65_HS1-834228961_62-HQ-83894_Section_1
Agency: FBI
Page 54
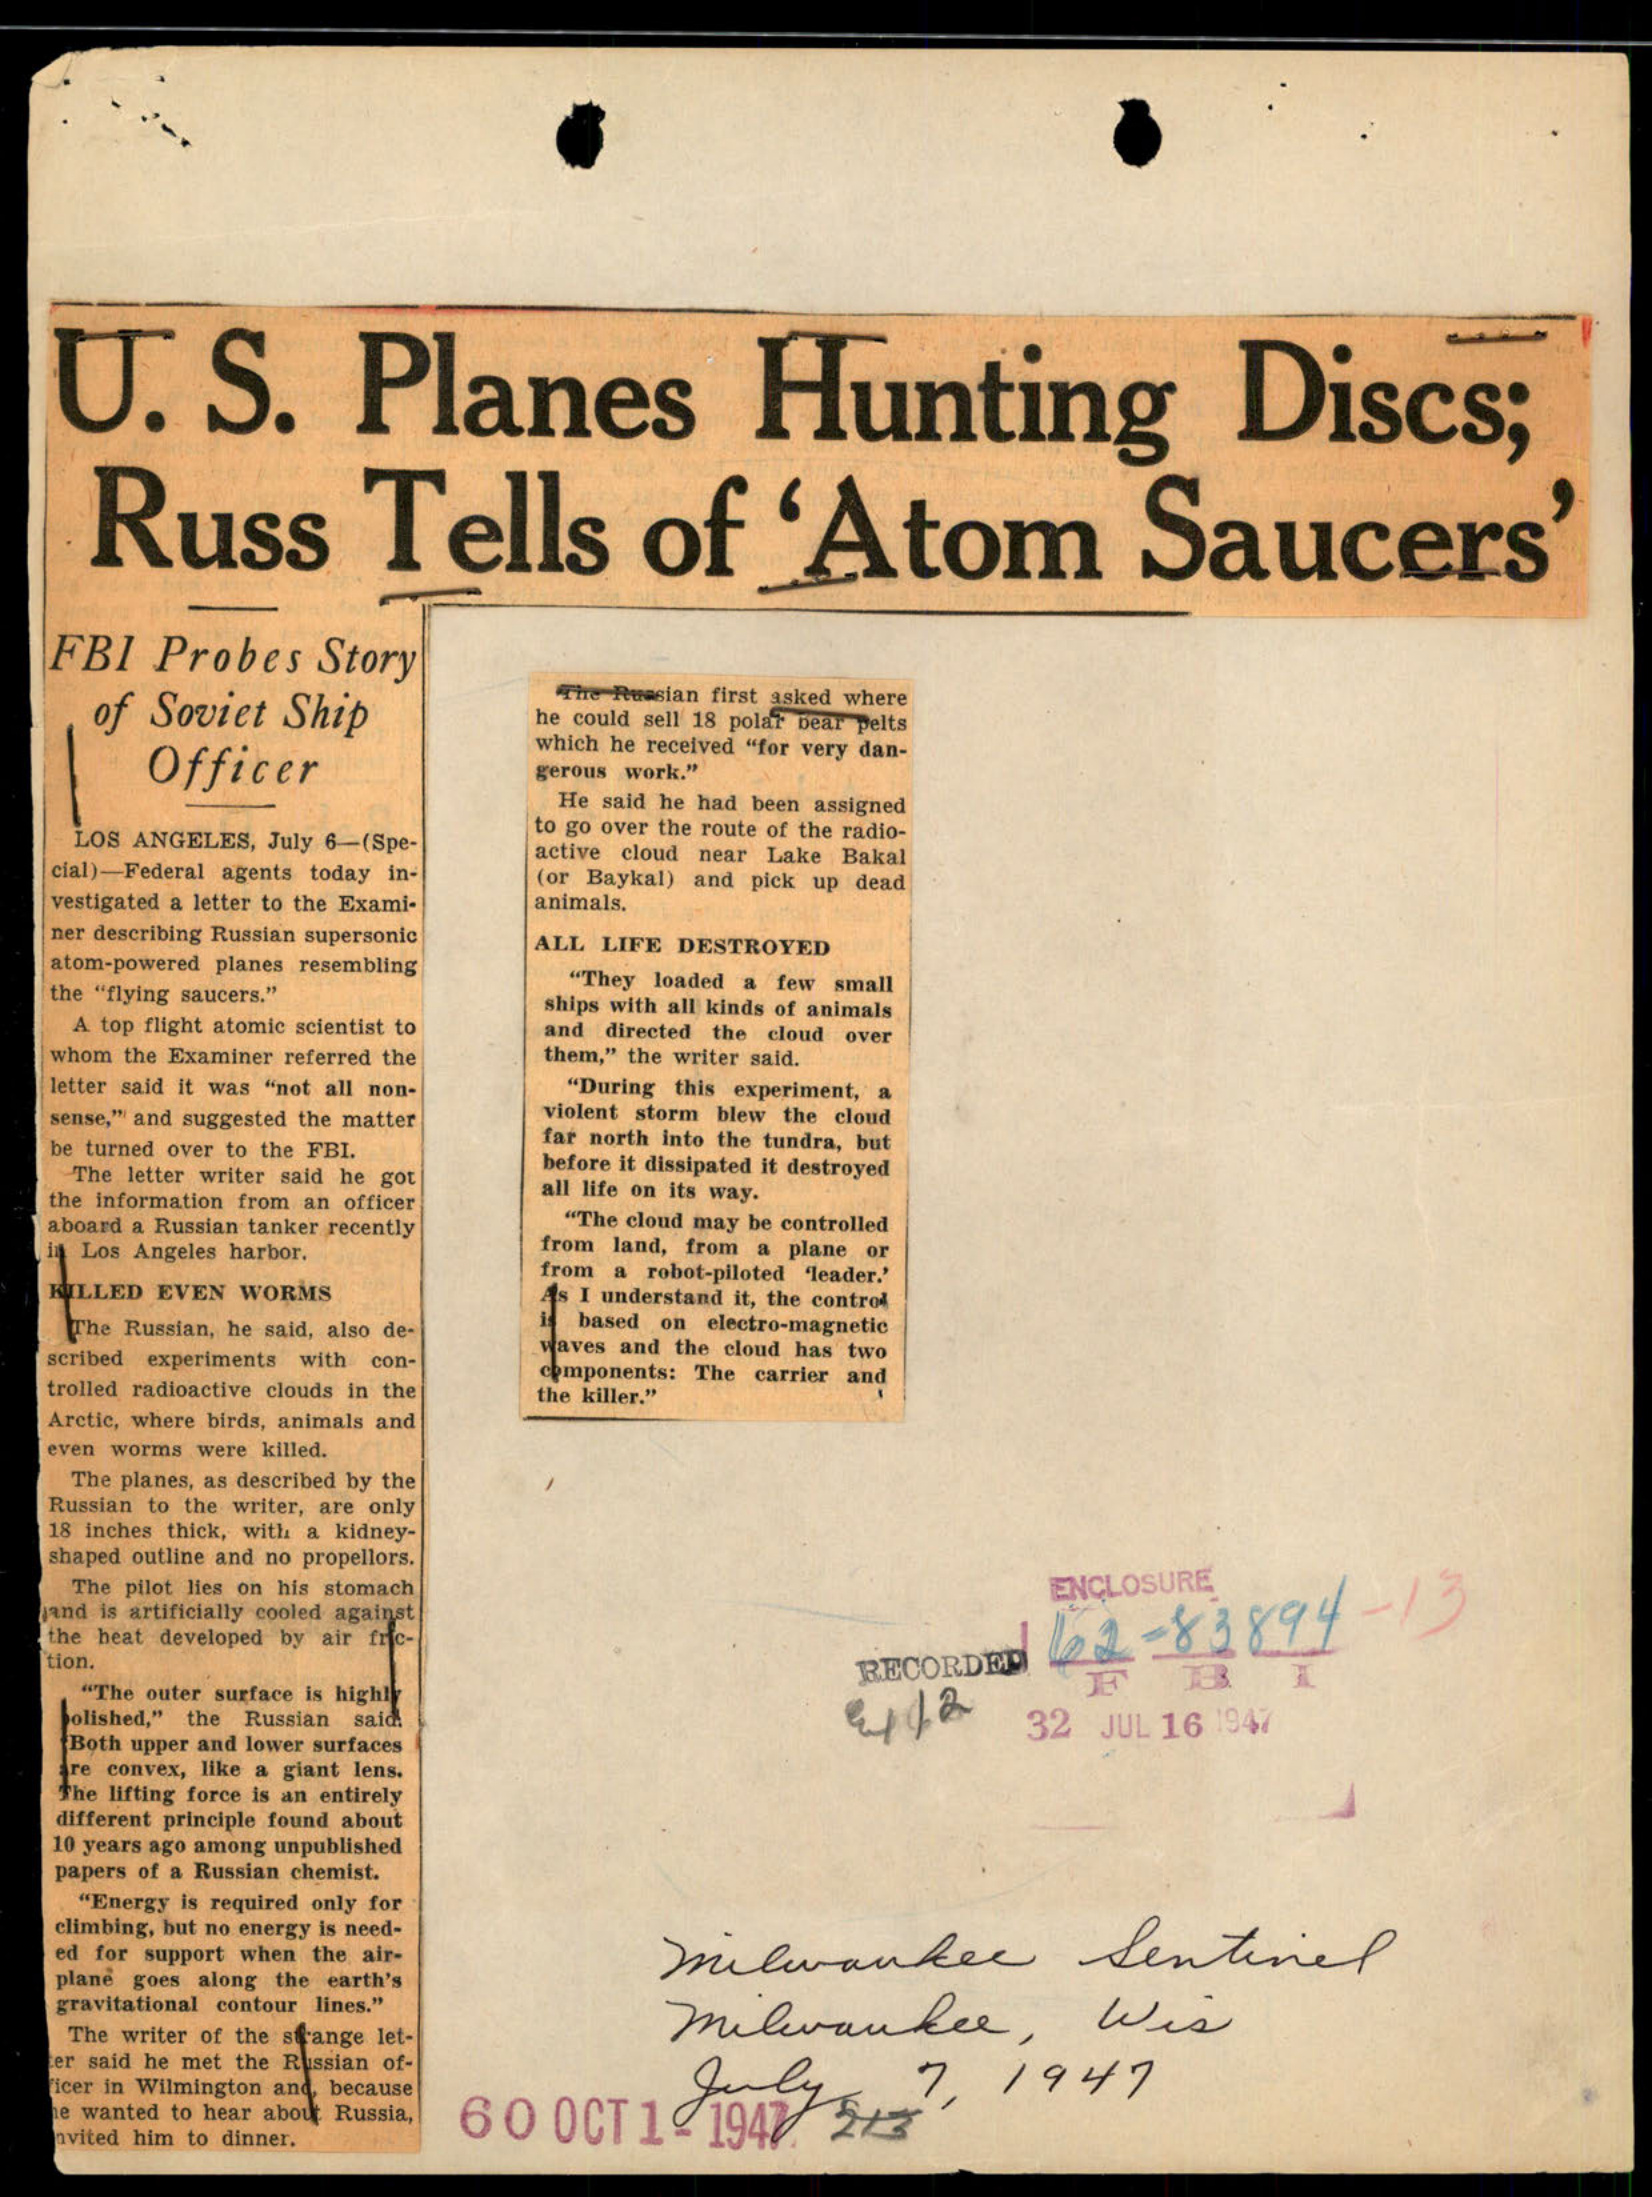